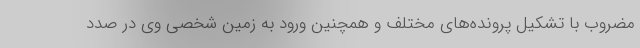
مضروب با تشکیل پرونده‌های مختلف و همچنین ورود به زمین شخصی وی در صدد